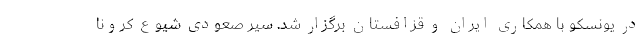
در یونسکو با همکاری ایران و قزافستان برگزار شد. سیر صعودی شیوع کرونا